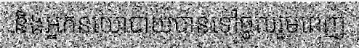
និងអ្នកនយោបាយបានទៅចូលរួមពេញ